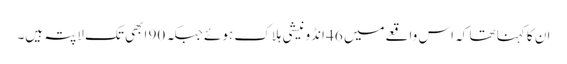
ان کا کہنا تھا کہ اس واقعےمیں 46 انڈونیشی ہلاک ہوئے جبکہ 90 ابھی تک لاپتہ ہیں۔